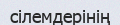
сілемдерінің